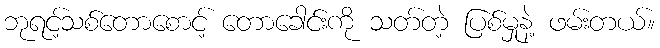
ဘုရင့်သစ်တောစောင့် တောခေါင်းကို သတ်တဲ့ ပြစ်မှုနဲ့ ဖမ်းတယ်။